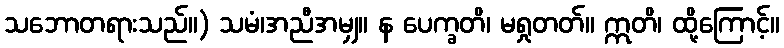
သဘောတရားသည်။) သမံ၊အညီအမျှ။ န ပေက္ခတိ၊ မရှုတတ်။ ဣတိ၊ ထို့ကြောင့်။